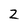
Character: 2